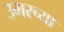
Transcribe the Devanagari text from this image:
उमरच्या